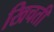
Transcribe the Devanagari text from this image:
खिचती